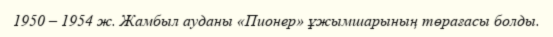
1950 – 1954 ж. Жамбыл ауданы «Пионер» ұжымшарының төрағасы болды.